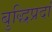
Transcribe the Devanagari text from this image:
बुद्धिप्रदां